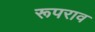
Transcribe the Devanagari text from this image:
रूपराव